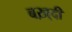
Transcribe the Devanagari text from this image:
बख़्दी